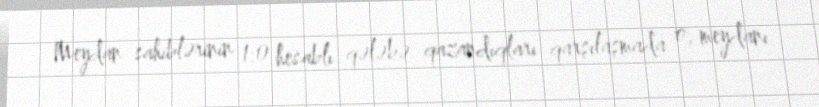
Meydan sahiblərinin 1:0 hesablı qələbə qazandıqları qarşılaşmada o, meydanı